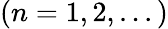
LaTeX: (n=1,2,...)